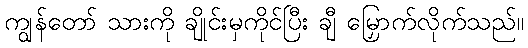
ကျွန်တော် သားကို ချိုင်းမှကိုင်ပြီး ချီ မြှောက်လိုက်သည်။